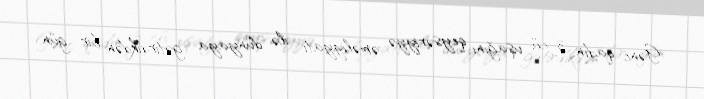
Gənc qadın 3-cü uşağını qeysəriyyə əməliyyatı ilə dünyaya gətirdikdən bir gün